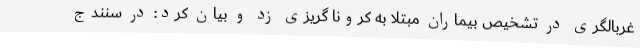
غربالگری در تشخیص بیماران مبتلا به کرونا گریزی زد و بیان کرد: در سنندج